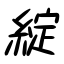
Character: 綻